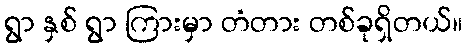
ရွာ နှစ် ရွာ ကြားမှာ တံတား တစ်ခုရှိတယ်။